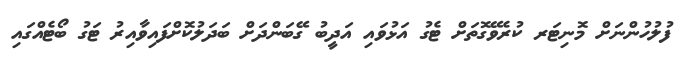
ފުލުހުންނަށް މޮނިޓަރ ކުރެވޭގޮތަށް ޓެގު އަޅުވައި އަދީބު ގޭބަންދަށް ބަދަލުކޮށްފައިވާއިރު ޓަގު ބޯޓެއްގައި